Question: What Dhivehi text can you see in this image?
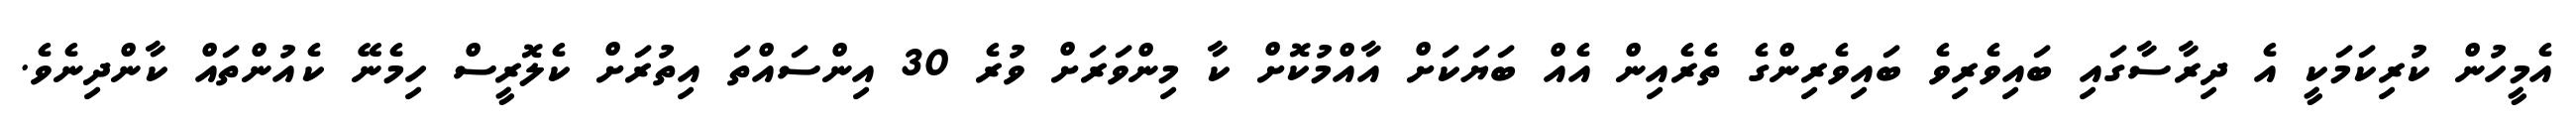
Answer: އެމީހުން ކުރިކަމަކީ އެ ދިރާސާގައި ބައިވެރިވެ ބައިވެރިންގެ ތެރެއިން އެއް ބަޔަކަށް އާއްމުކޮށް ކާ މިންވަރަށް ވުރެ 30 އިންސައްތަ އިތުރަށް ކެލޮރީސް ހިމެނޭ ކެއުންތައް ކާންދިނެވެ.